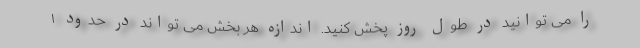
را می توانید در طول روز پخش کنید. اندازه هر بخش می تواند در حدود ۱